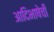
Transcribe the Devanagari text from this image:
आदिभाषेची